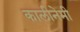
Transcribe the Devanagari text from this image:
कालीनेमी